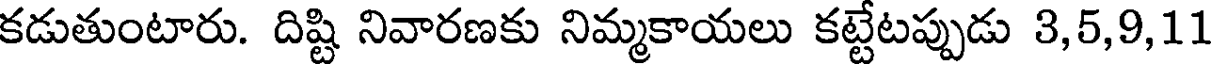
కడుతుంటారు. దిష్టి నివారణకు నిమ్మకాయలు కట్టేటప్పుడు 3,5,9,11